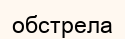
обстрела